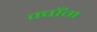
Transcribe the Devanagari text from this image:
क्वाँग